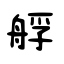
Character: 艀